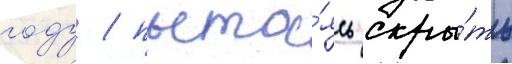
году / пыта́ясь скры́ть